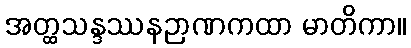
အတ္ထသန္ဒဿနဉာဏကထာ မာတိကာ။